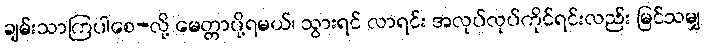
ချမ်းသာကြပါစေ-လို့ မေတ္တာပို့ရမယ်၊ သွားရင် လာရင်း အလုပ်လုပ်ကိုင်ရင်းလည်း မြင်သမျှ